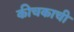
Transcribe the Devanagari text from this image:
कीचकाची